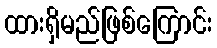
ထားရှိမည်ဖြစ်ကြောင်း